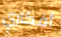
أفكاري